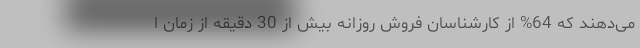
می‌دهند که 64% از کارشناسان فروش روزانه بیش از 30 دقیقه از زمان ا